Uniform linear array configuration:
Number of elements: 8
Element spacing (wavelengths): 0.5
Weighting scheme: binomial
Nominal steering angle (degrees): -30
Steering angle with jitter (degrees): -29.108
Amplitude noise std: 0.05
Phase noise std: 0.05

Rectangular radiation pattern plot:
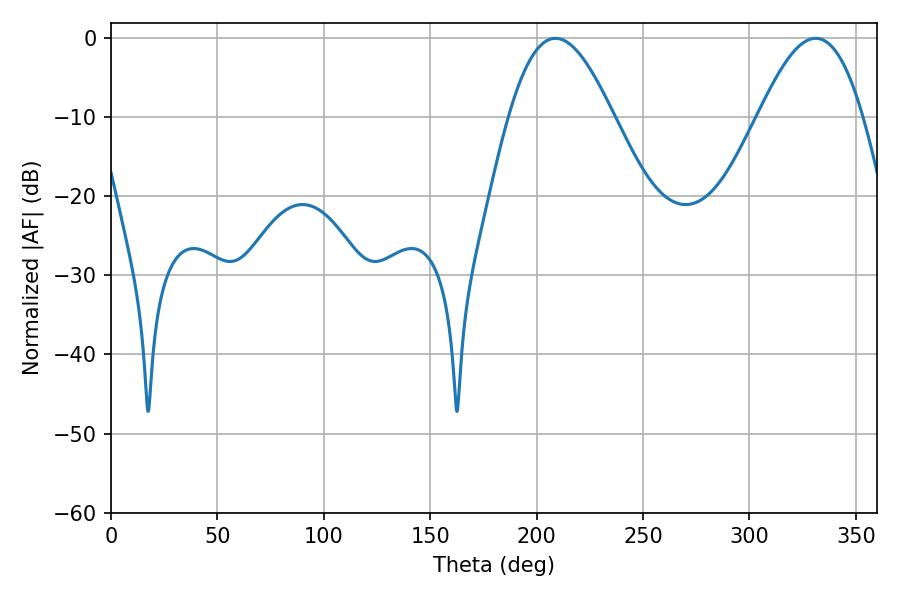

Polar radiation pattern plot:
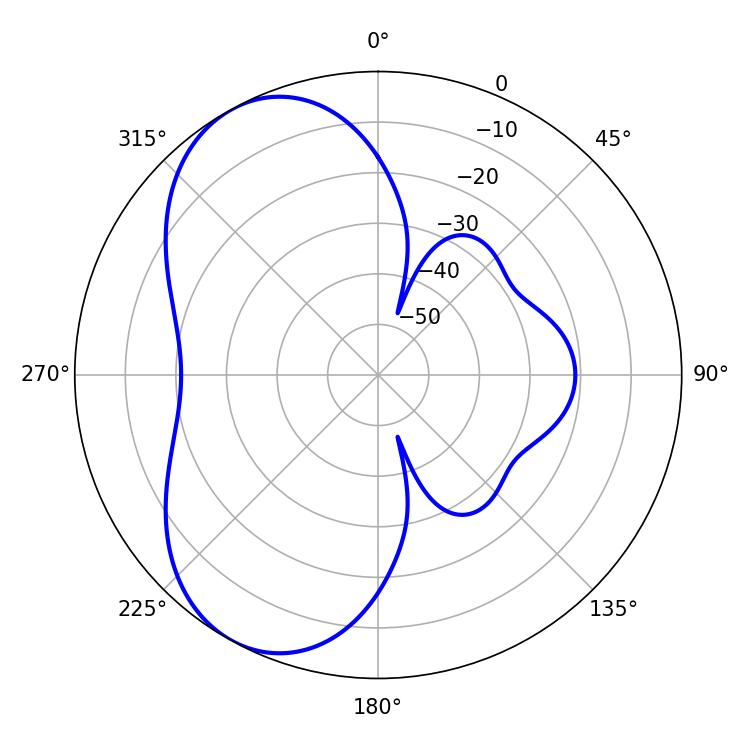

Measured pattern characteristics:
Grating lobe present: FALSE
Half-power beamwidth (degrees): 26.46
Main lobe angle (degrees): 208.8